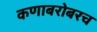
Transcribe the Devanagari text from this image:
कणाबरोबरच